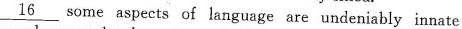
\underline{16} some aspects of language are undeniably innate,